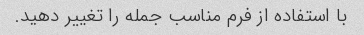
با استفاده از فرم مناسب جمله را تغییر دهید.